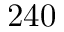
2 4 0